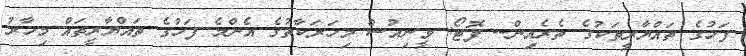
ފަހުގެ ތައްޔާރީތަކުގެ ތެރެއިން-- ފޮޓޯ: ވީނިއުސް މިހަރަކާތުގެ އެންމެ ފަހުގެ ތައްޔާރީތައް މިހާރު